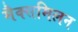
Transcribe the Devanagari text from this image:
मैक्समिलन